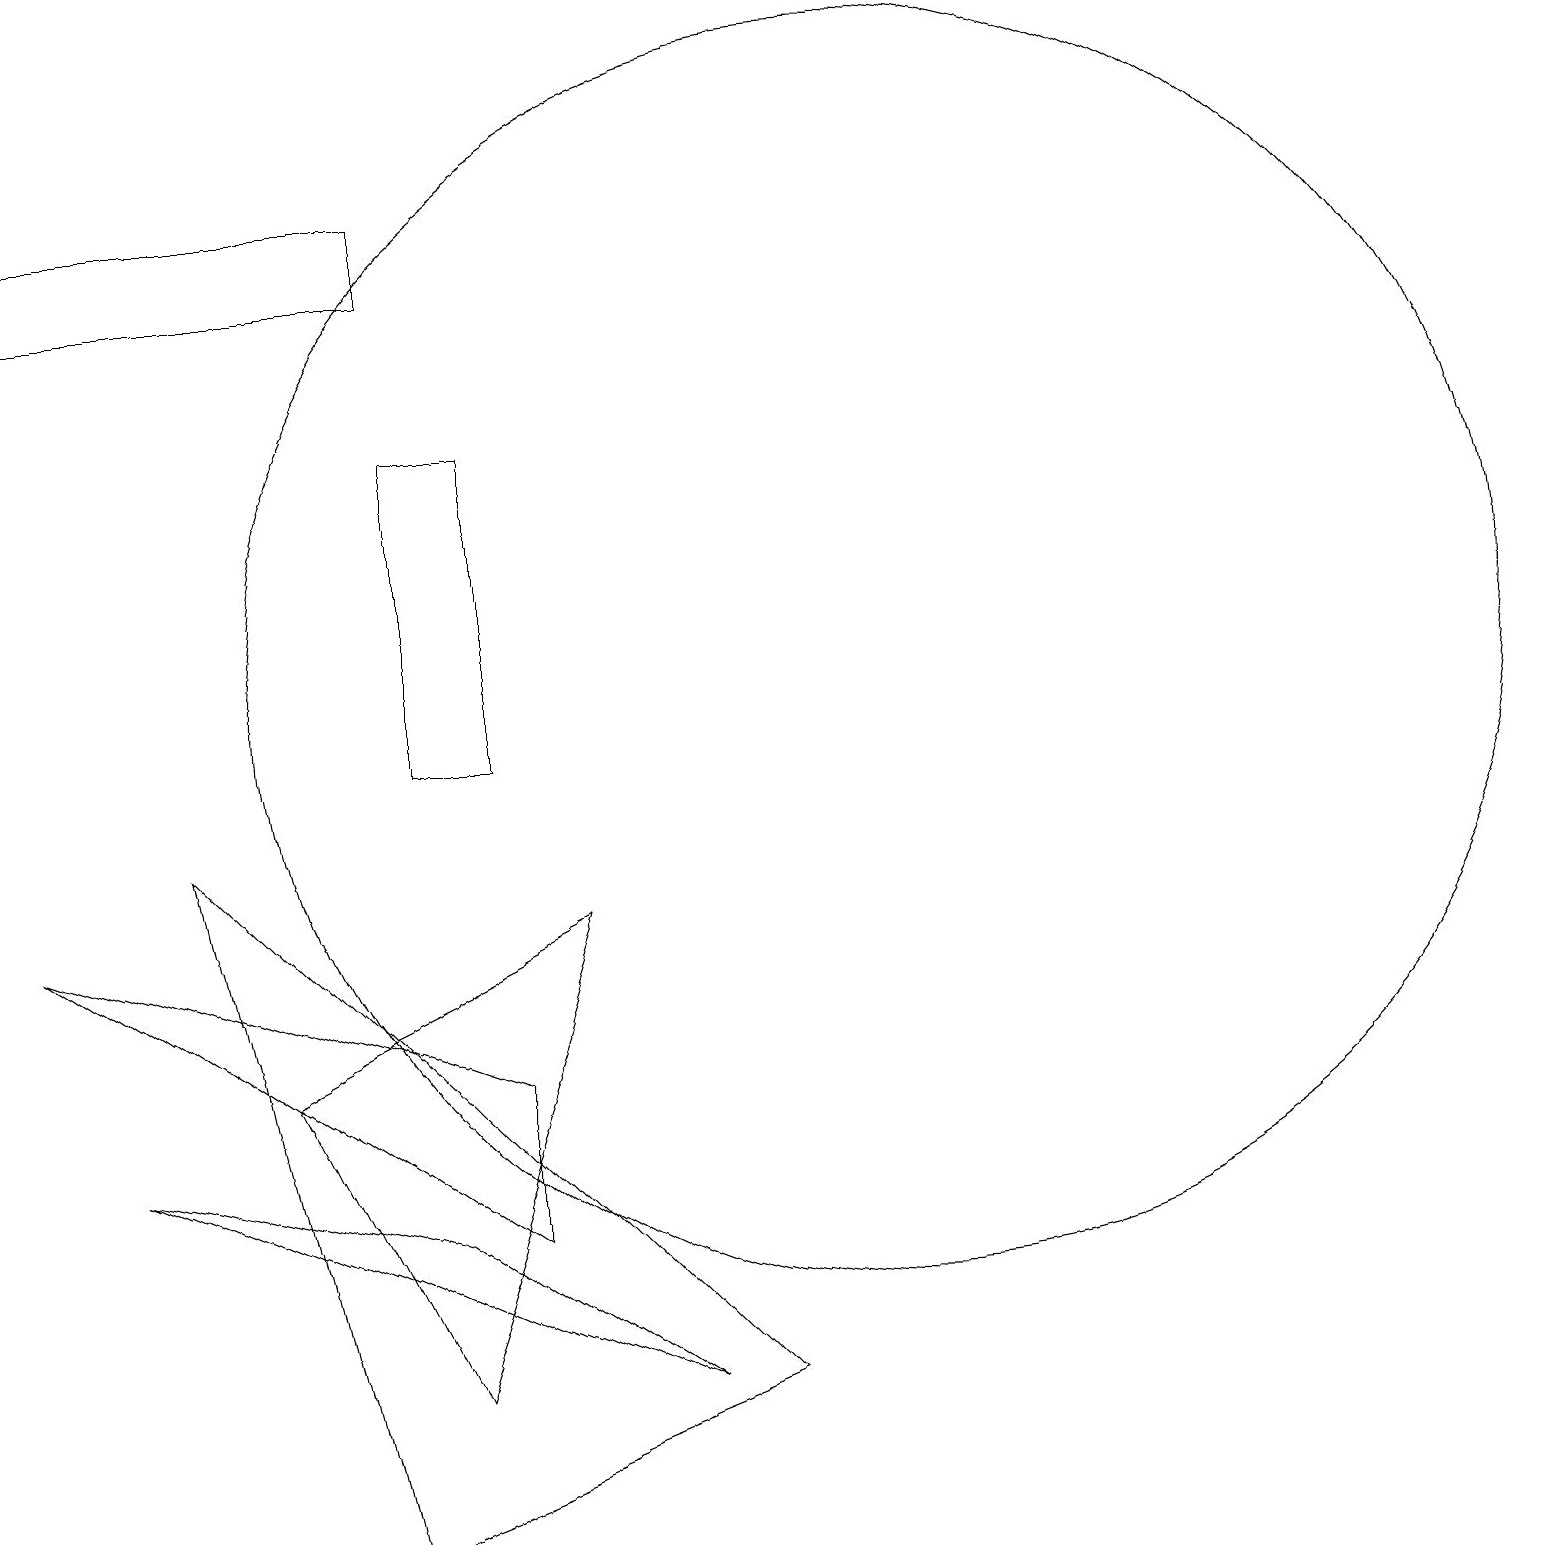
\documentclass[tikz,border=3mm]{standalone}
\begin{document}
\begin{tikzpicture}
\draw (0,17) rectangle (5,16);
\draw (8,2) -- (5,4) -- (1,5) -- cycle;
\draw (4,0) -- (9,2) -- (2,9) -- cycle;
\draw (6,4) -- (6,6) -- (0,8) -- cycle;
\draw (5,2) -- (3,6) -- (7,8) -- cycle;
\draw (11,11) circle (8);
\draw (5,14) rectangle (6,10);
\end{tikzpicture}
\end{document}